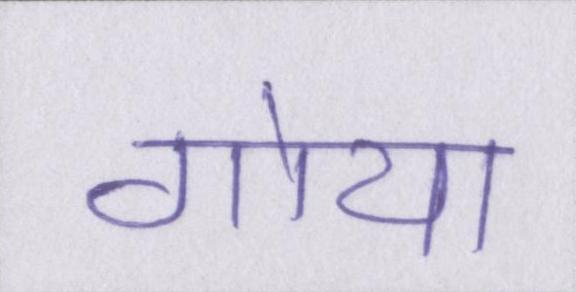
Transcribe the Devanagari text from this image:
गोया